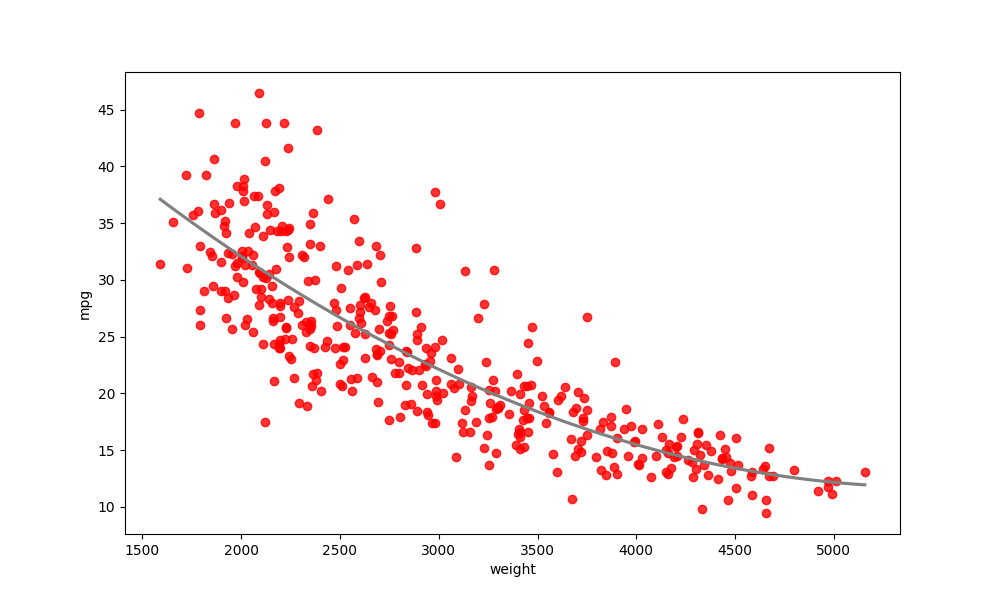
python, seaborn, regplot, order=2, ci=None, scatter_color=red, line_color=gray